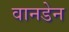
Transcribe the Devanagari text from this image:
वानडेन